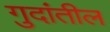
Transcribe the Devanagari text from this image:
गुदांतील